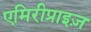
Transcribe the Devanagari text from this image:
एमिरीप्राइज़